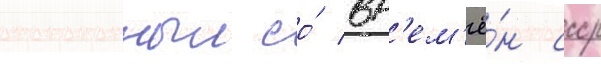
построенныи со́ вр'ем'ё́н ссср